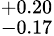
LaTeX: ^{+0.20}_{-0.17}